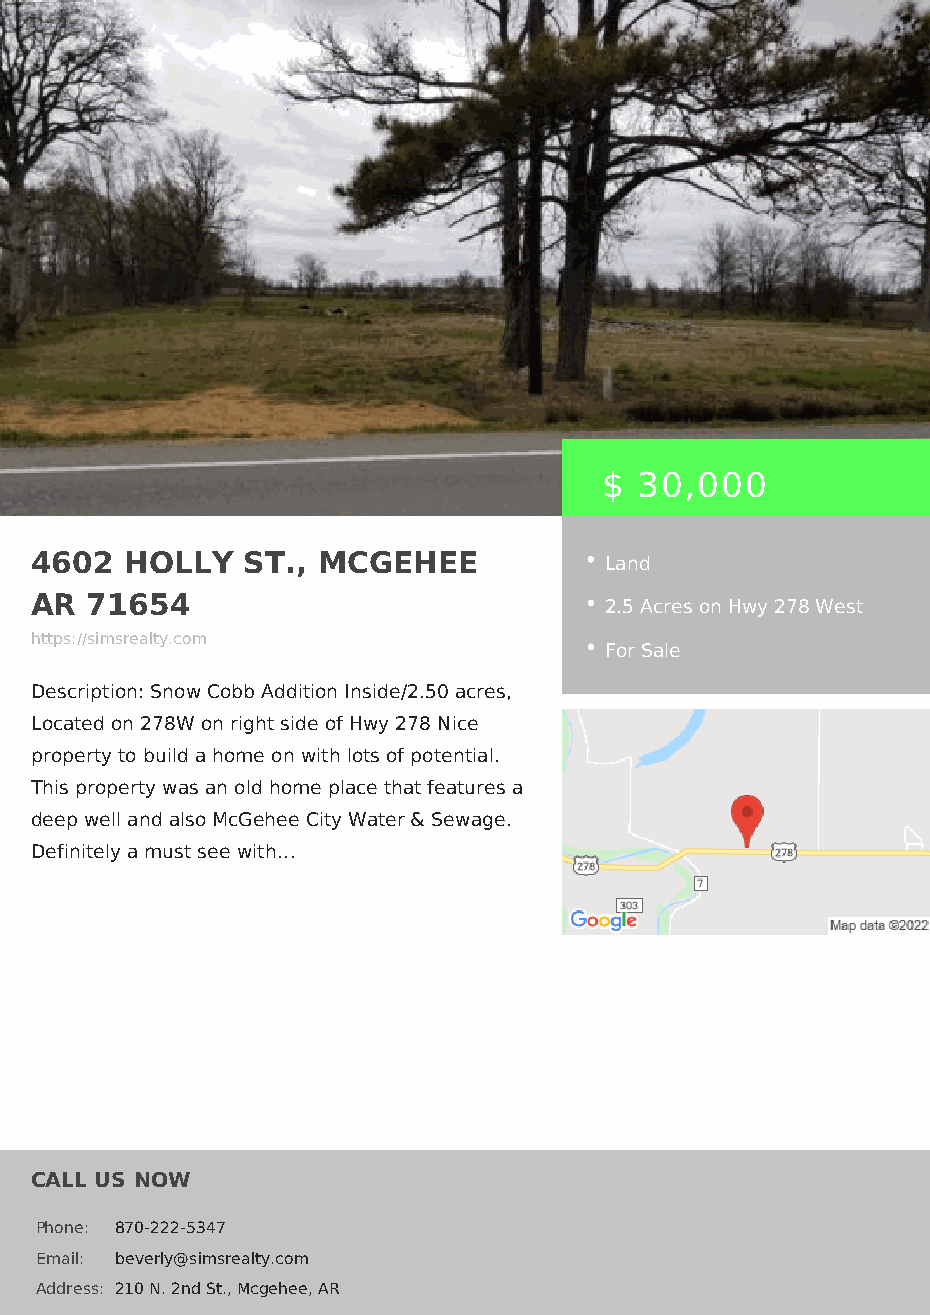
$ 30,000
 4602  HOLLY   ST., MCGEHEE            Land
 AR  71654
 2.5 Acres on Hwy 278 West
 https://simsrealty.com
 For Sale
 Description: Snow Cobb Addition Inside/2.50 acres,
 Located on 278W on right side of Hwy 278 Nice
 property to build a home on with lots of potential.
 This property was an old home place that features a
 deep well and also McGehee City Water & Sewage.
 Definitely a must see with…
 CALL US NOW
 Phone: 870-222-5347
 Email: beverly@simsrealty.com
 Address: 210 N. 2nd St., Mcgehee, AR